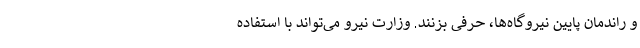
و راندمان پایین نیروگاه‌ها، حرفی بزنند. وزارت نیرو می‌تواند با استفاده